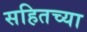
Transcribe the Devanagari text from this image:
सहितच्या